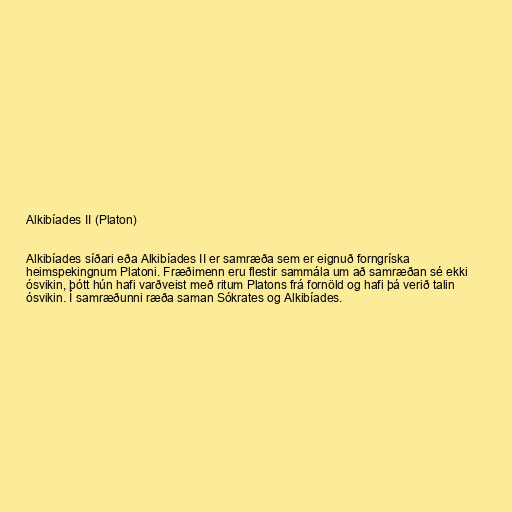
Alkibíades II (Platon)

Alkibíades síðari eða Alkibíades II er samræða sem er eignuð forngríska
heimspekingnum Platoni. Fræðimenn eru flestir sammála um að samræðan sé ekki
ósvikin, þótt hún hafi varðveist með ritum Platons frá fornöld og hafi þá verið talin
ósvikin. Í samræðunni ræða saman Sókrates og Alkibíades.